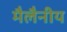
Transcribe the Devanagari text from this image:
मैलैनीय